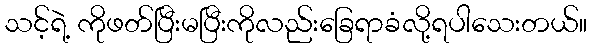
သင့်ရဲ့ ကိုဖတ်ပြီးမပြီးကိုလည်းခြေရာခံလို့ရပါသေးတယ်။